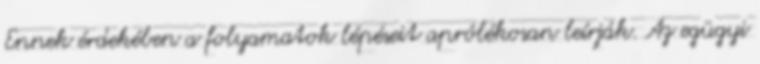
Ennek érdekében a folyamatok lépéseit aprólékosan leírják. Az egügyi